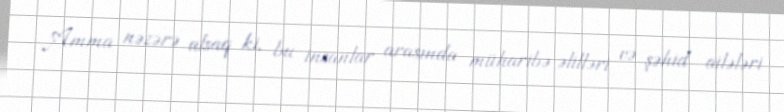
Amma nəzərə alsaq ki, bu insanlar arasında müharibə əlilləri və şəhid ailələri